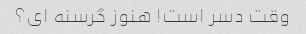
وقت دسر است! هنوز گرسنه ای؟